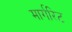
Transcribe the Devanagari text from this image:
मार्गरिट